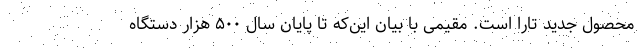
محصول جدید تارا است. مقیمی با بیان این‌که تا پایان سال ۵۰۰ هزار دستگاه